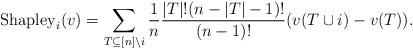
LaTeX: \begin{align*}\operatorname{Shapley}_i(v)=\sum_{T\subseteq [n]\setminus i} \frac{1}{n}\frac{|T|!(n-|T|-1)!}{(n-1)!} (v(T\cup i)-v(T)).\end{align*}